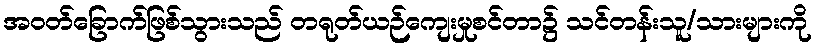
အဝတ်ခြောက်ဖြစ်သွားသည် တရုတ်ယဉ်ကျေးမှုစင်တာ၌ သင်တန်းသူ/သားများကို